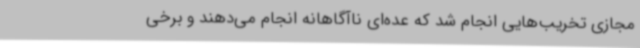
مجازی تخریب‌هایی انجام شد که عده‌ای ناآگاهانه انجام می‌دهند و برخی